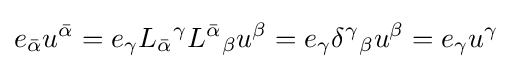
e_{\bar {\alpha }}u^{\bar {\alpha }}=e_{\gamma }L_{\bar {\alpha }}{}^{\gamma }L^{\bar {\alpha }}{}_{\beta }u^{\beta }=e_{\gamma }\delta ^{\gamma }{}_{\beta }u^{\beta }=e_{\gamma }u^{\gamma }